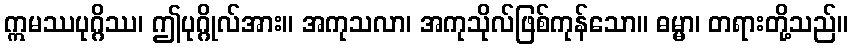
ဣမဿပုဂ္ဂိဿ၊ ဤပုဂ္ဂိုလ်အား။ အကုသလာ၊ အကုသိုလ်ဖြစ်ကုန်သော။ ဓမ္မာ၊ တရားတို့သည်။